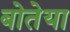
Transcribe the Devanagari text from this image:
बोतेया